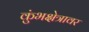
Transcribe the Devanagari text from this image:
कुंभक्षेत्रावर